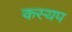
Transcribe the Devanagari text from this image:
कस्यप